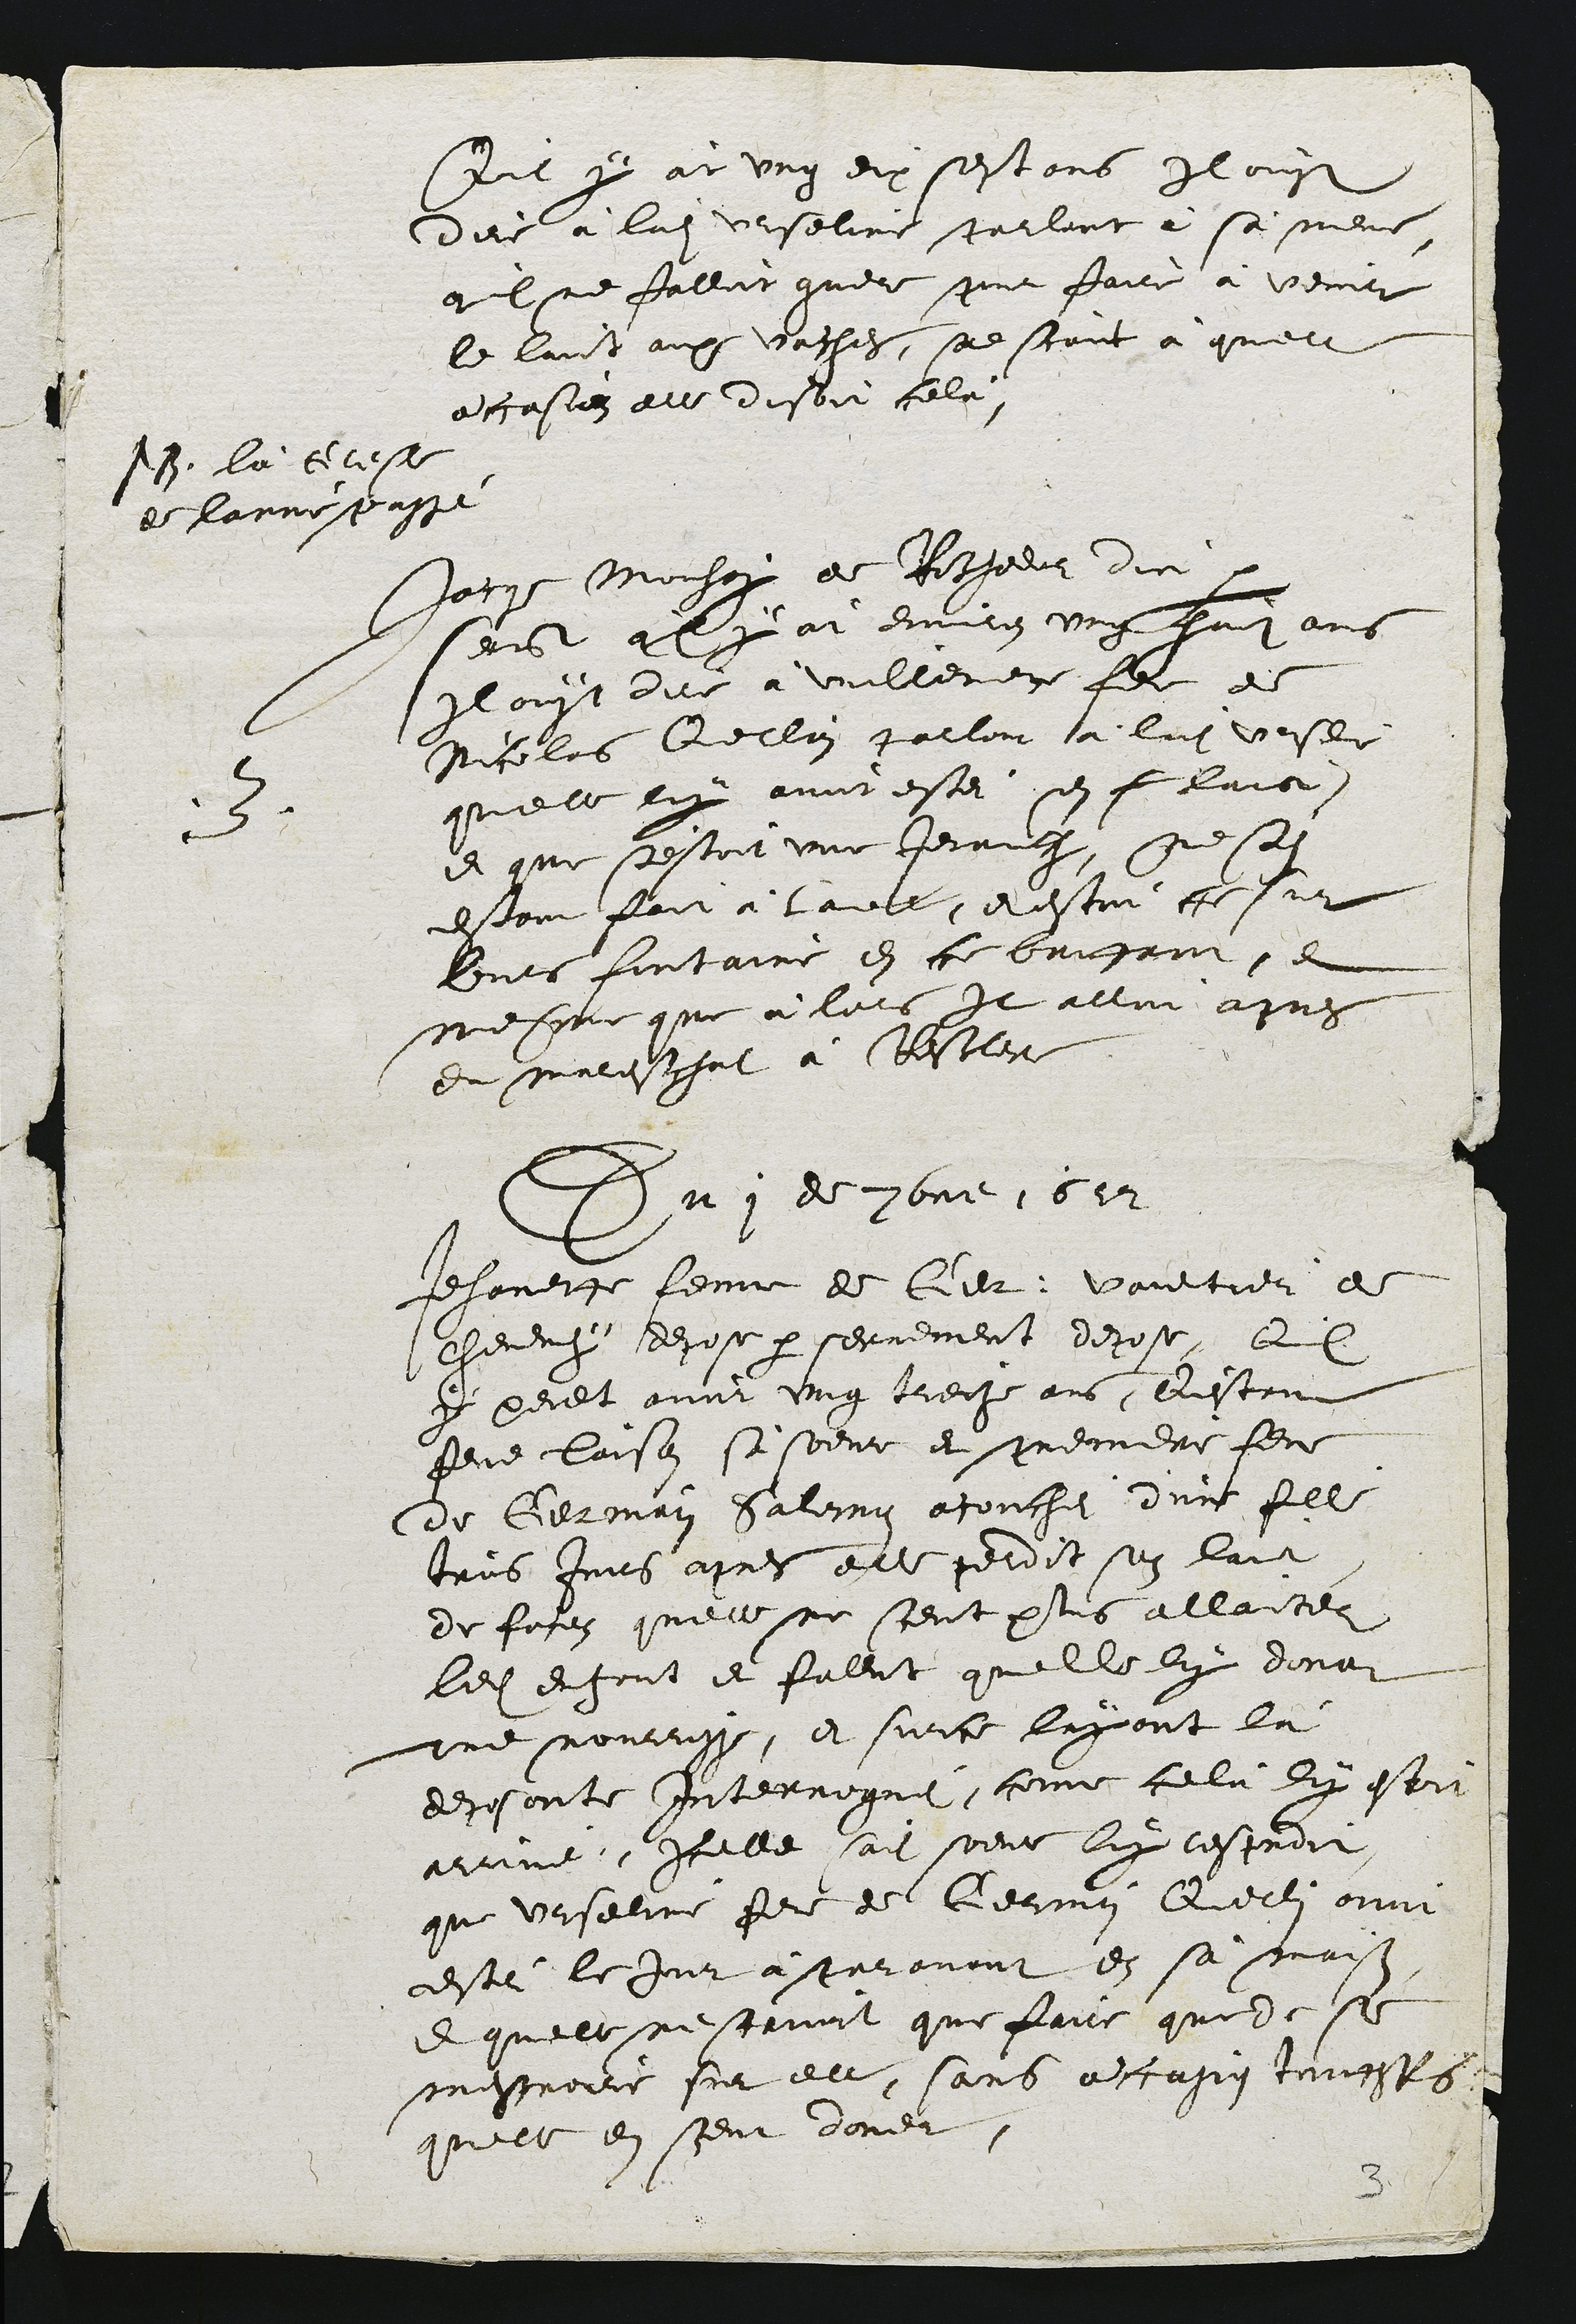
Qil y àt ung dix sestans Il oust
dire à ladite Urseline parlant à sà mene,
qe l ne Jalloit guere pour faire à venir
le laict aux vaches, se scant à quelle
accasion ell disoit celà,

14. là clese
de lanne passe

3
Jacqe Mouhay de Rochedor dic
serct q ly àt environ ung pait ans
Il ouyt dire à vuillemey file de
Nicolas Qerlain parlon là ladite vrsde
quelle luy avoit estei son f laict
et que s'estoit une Jenaulh, qesdit
estant fait à ladite, et estoit ce sur
leurs fontaine en ce brifant, et
mesque que à lors Il alloit apres
du mareschat à Rescler

Du1 de 1on 1612

Jehanette feme de Ger vaultier de
chevency depose par serrement depose, El
y peult avoir ung treize ans, Qstant
fere laison sasoeur et premere feme
de Germain Salemon atouchei d'un fille
tros Jors apres elle perdit son laiite
de fofon qu'elle ne sent plus allanter
ledit encont et falut quelle luy dona
une nourrisse, et surce layant là
deposante Interropnei, come celu luy estoi
arune, Icelle sadite soeve luy resproit
que urseline fere de Gernin Querlin avoit
estei le Jur à paravant en sa maison
A quelle ne struit que faire que de se
mescreire sur elle, sans occasig toutfois
quelle en seur doner.

13